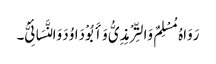
رَوَاہُ مُسْلِمٌ وَالتِّرْمِذِیُّ وَأَبُوْ دَاوُدَ وَالنَّسَائِیُّ۔